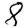
Digit: 8